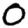
Digit: 0